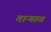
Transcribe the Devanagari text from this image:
ताऱ्यास